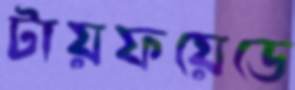
টায়ফয়েডে